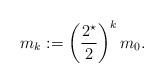
LaTeX: \begin{align*}m_k := \left(\frac{2^{\star}}{2}\right)^k m_0.\end{align*}